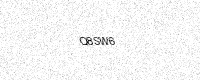
Text: Q8SW6